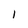
Character: I